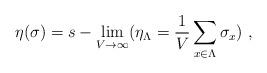
LaTeX: \begin{align*}\eta({\sigma}) = s-\lim_{V \to \infty} (\eta_{\Lambda} =\frac{1}{V} \sum_{{x} \in \Lambda} {\sigma}_{{x}}) \ ,\end{align*}